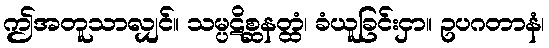
ဤအတူသာလျှင်။ သမ္ပဋိစ္ဆနတ္ထံ၊ ခံယူခြင်းငှာ။ ဥပဂတာနံ၊